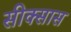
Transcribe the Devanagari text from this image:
सीक्सास